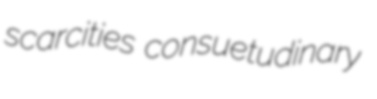
scarcities consuetudinary